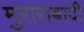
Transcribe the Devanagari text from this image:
मुराराबादी